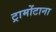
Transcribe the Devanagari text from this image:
ट्रामोंटाना